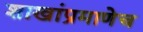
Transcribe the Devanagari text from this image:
शाखांप्रमाणेच